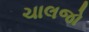
ચાલજો